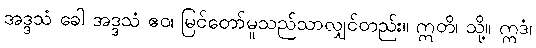
အဒ္ဒသံ ခေါ အဒ္ဒသံ ဧဝ၊ မြင်တော်မူသည်သာလျှင်တည်း။ ဣတိ၊ သို့။ ဣဒံ၊